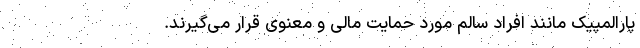
پارالمپیک مانند افراد سالم مورد حمایت مالی و معنوی قرار می‌گیرند.